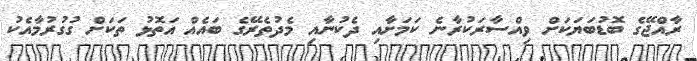
ރާއްޖޭގެ ބޮޑުބަޔަކަށް ވިއްސާރަކުރާނެ ކަމަށާއި ދެކުނާއި މެދުތެރޭގެ ބައެއް އަތޮޅު ތަކަށް ގުގުރުމާއެކު